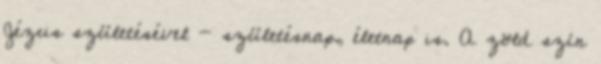
Jézus születésével - születésnap, életnap is. A zöld szín